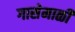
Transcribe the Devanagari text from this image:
गासेमाळी